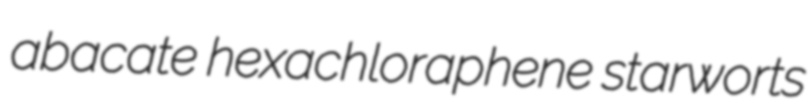
abacate hexachloraphene starworts